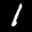
Label: 1